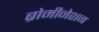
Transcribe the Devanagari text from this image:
ब्रोमीनेशन